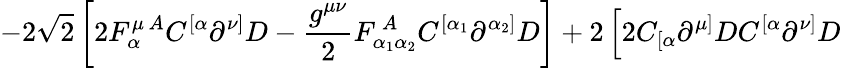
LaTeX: \left.-2\sqrt{2}\left[2F_{\alpha}^{\mu\, A}C^{[\alpha}\partial^{\nu]}D-\frac{g^{\mu\nu}}{2}F_{\alpha_{1}\alpha_{2}}^{\, A}C^{[\alpha_{1}}\partial^{\alpha_{2}]}D\right]+2\left[2C_{[\alpha}\partial^{\mu]}DC^{[\alpha}\partial^{\nu]}D\right.\right.